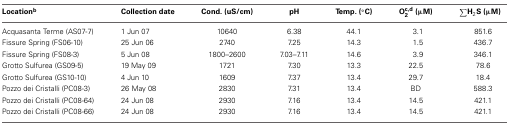
| Locationb | Collection date | Cond. (uS/cm) | pH | Temp. (°C) | Oc,d2 (μM) | ∑H2S (μM) |
 | --- | --- | --- | --- | --- | --- | --- |
 | Acquasanta Terme (AS07-7) | 1 Jun 07 | 10640 | 6.38 | 44.1 | 3.1 | 851.6 |
 | Fissure Spring (FS06-10) | 25 Jun 06 | 2740 | 7.25 | 14.3 | 1.5 | 436.7 |
 | Fissure Spring (FS08-3) | 5 Jun 08 | 1800–2600 | 7.03–7.11 | 14.6 | 3.9 | 346.1 |
 | Grotto Sulfurea (GS09-5) | 19 May 09 | 1721 | 7.30 | 13.3 | 22.5 | 78.6 |
 | Grotto Sulfurea (GS10-10) | 4 Jun 10 | 1609 | 7.37 | 13.4 | 29.7 | 18.4 |
 | Pozzo dei Cristalli (PC08-3) | 26 May 08 | 2830 | 7.31 | 13.4 | BD | 588.3 |
 | Pozzo dei Cristalli (PC08-64) | 24 Jun 08 | 2930 | 7.16 | 13.4 | 14.5 | 421.1 |
 | Pozzo dei Cristalli (PC08-66) | 24 Jun 08 | 2930 | 7.16 | 13.4 | 14.5 | 421.1 |